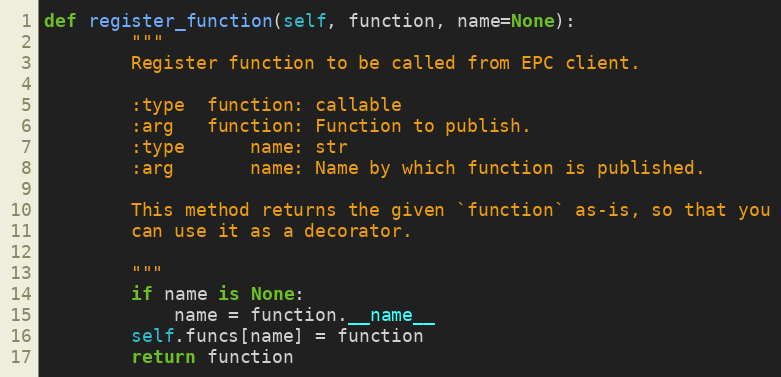
Language: Python
def register_function(self, function, name=None):
        """
        Register function to be called from EPC client.

        :type  function: callable
        :arg   function: Function to publish.
        :type      name: str
        :arg       name: Name by which function is published.

        This method returns the given `function` as-is, so that you
        can use it as a decorator.

        """
        if name is None:
            name = function.__name__
        self.funcs[name] = function
        return function